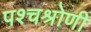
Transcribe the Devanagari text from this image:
पश्चश्रोणी